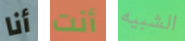
أنا أنت الشبيه